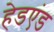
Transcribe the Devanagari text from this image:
हेडएंड